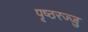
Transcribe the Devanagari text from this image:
पृष्ठरज्जु